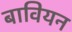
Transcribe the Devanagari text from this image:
बावियन